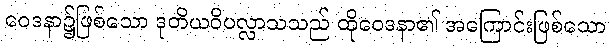
ဝေဒနာ၌ဖြစ်သော ဒုတိယဝိပလ္လာသသည် ထိုဝေဒနာ၏ အကြောင်းဖြစ်သော